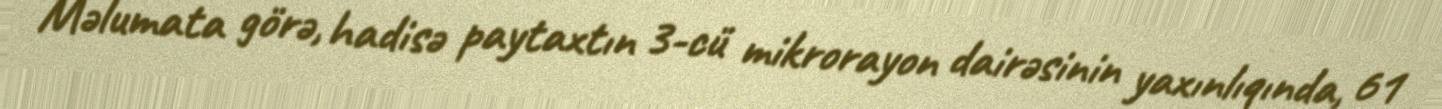
Məlumata görə, hadisə paytaxtın 3-cü mikrorayon dairəsinin yaxınlıqında, 61